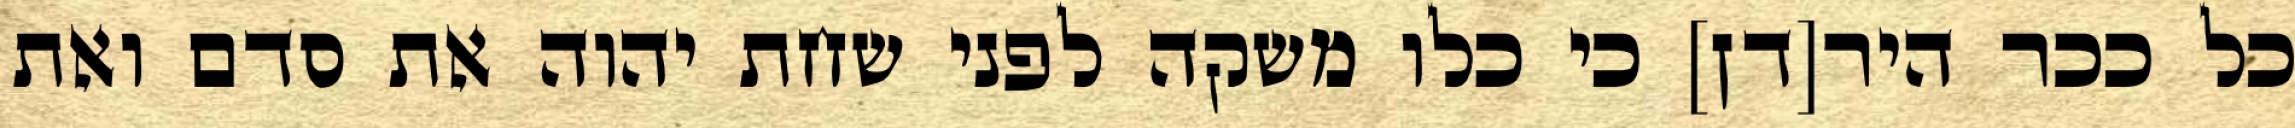
כל ככר היר[דן] כי כלו משקה לפני שחת יהוה את סדם ואת